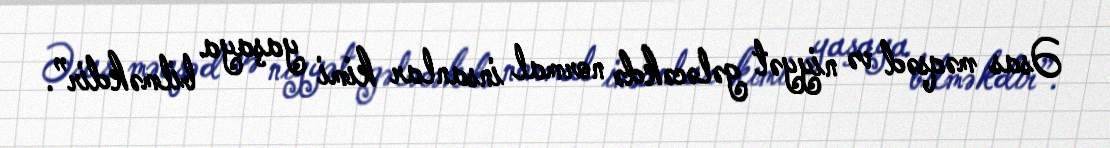
Əsas məqsəd və niyyət gələcəkdə normal insanlar kimi yaşaya bilməkdir”.